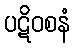
ပဋိဝစနံ